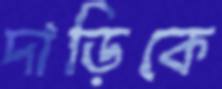
দাড়িকে